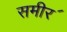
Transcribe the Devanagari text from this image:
समीर॔